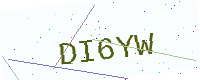
Text: DI6YW